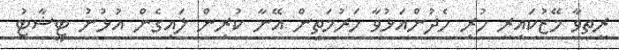
ރީތިވާ މޭޒުކައިރީ ހުރި ހެދުންއަޅުވާ ހަރުމަތިން އޭނާ ކުރިން ލައިގެން އުޅުނު ޓީޝާޓު